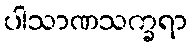
ပါသာဏသက္ခရာ